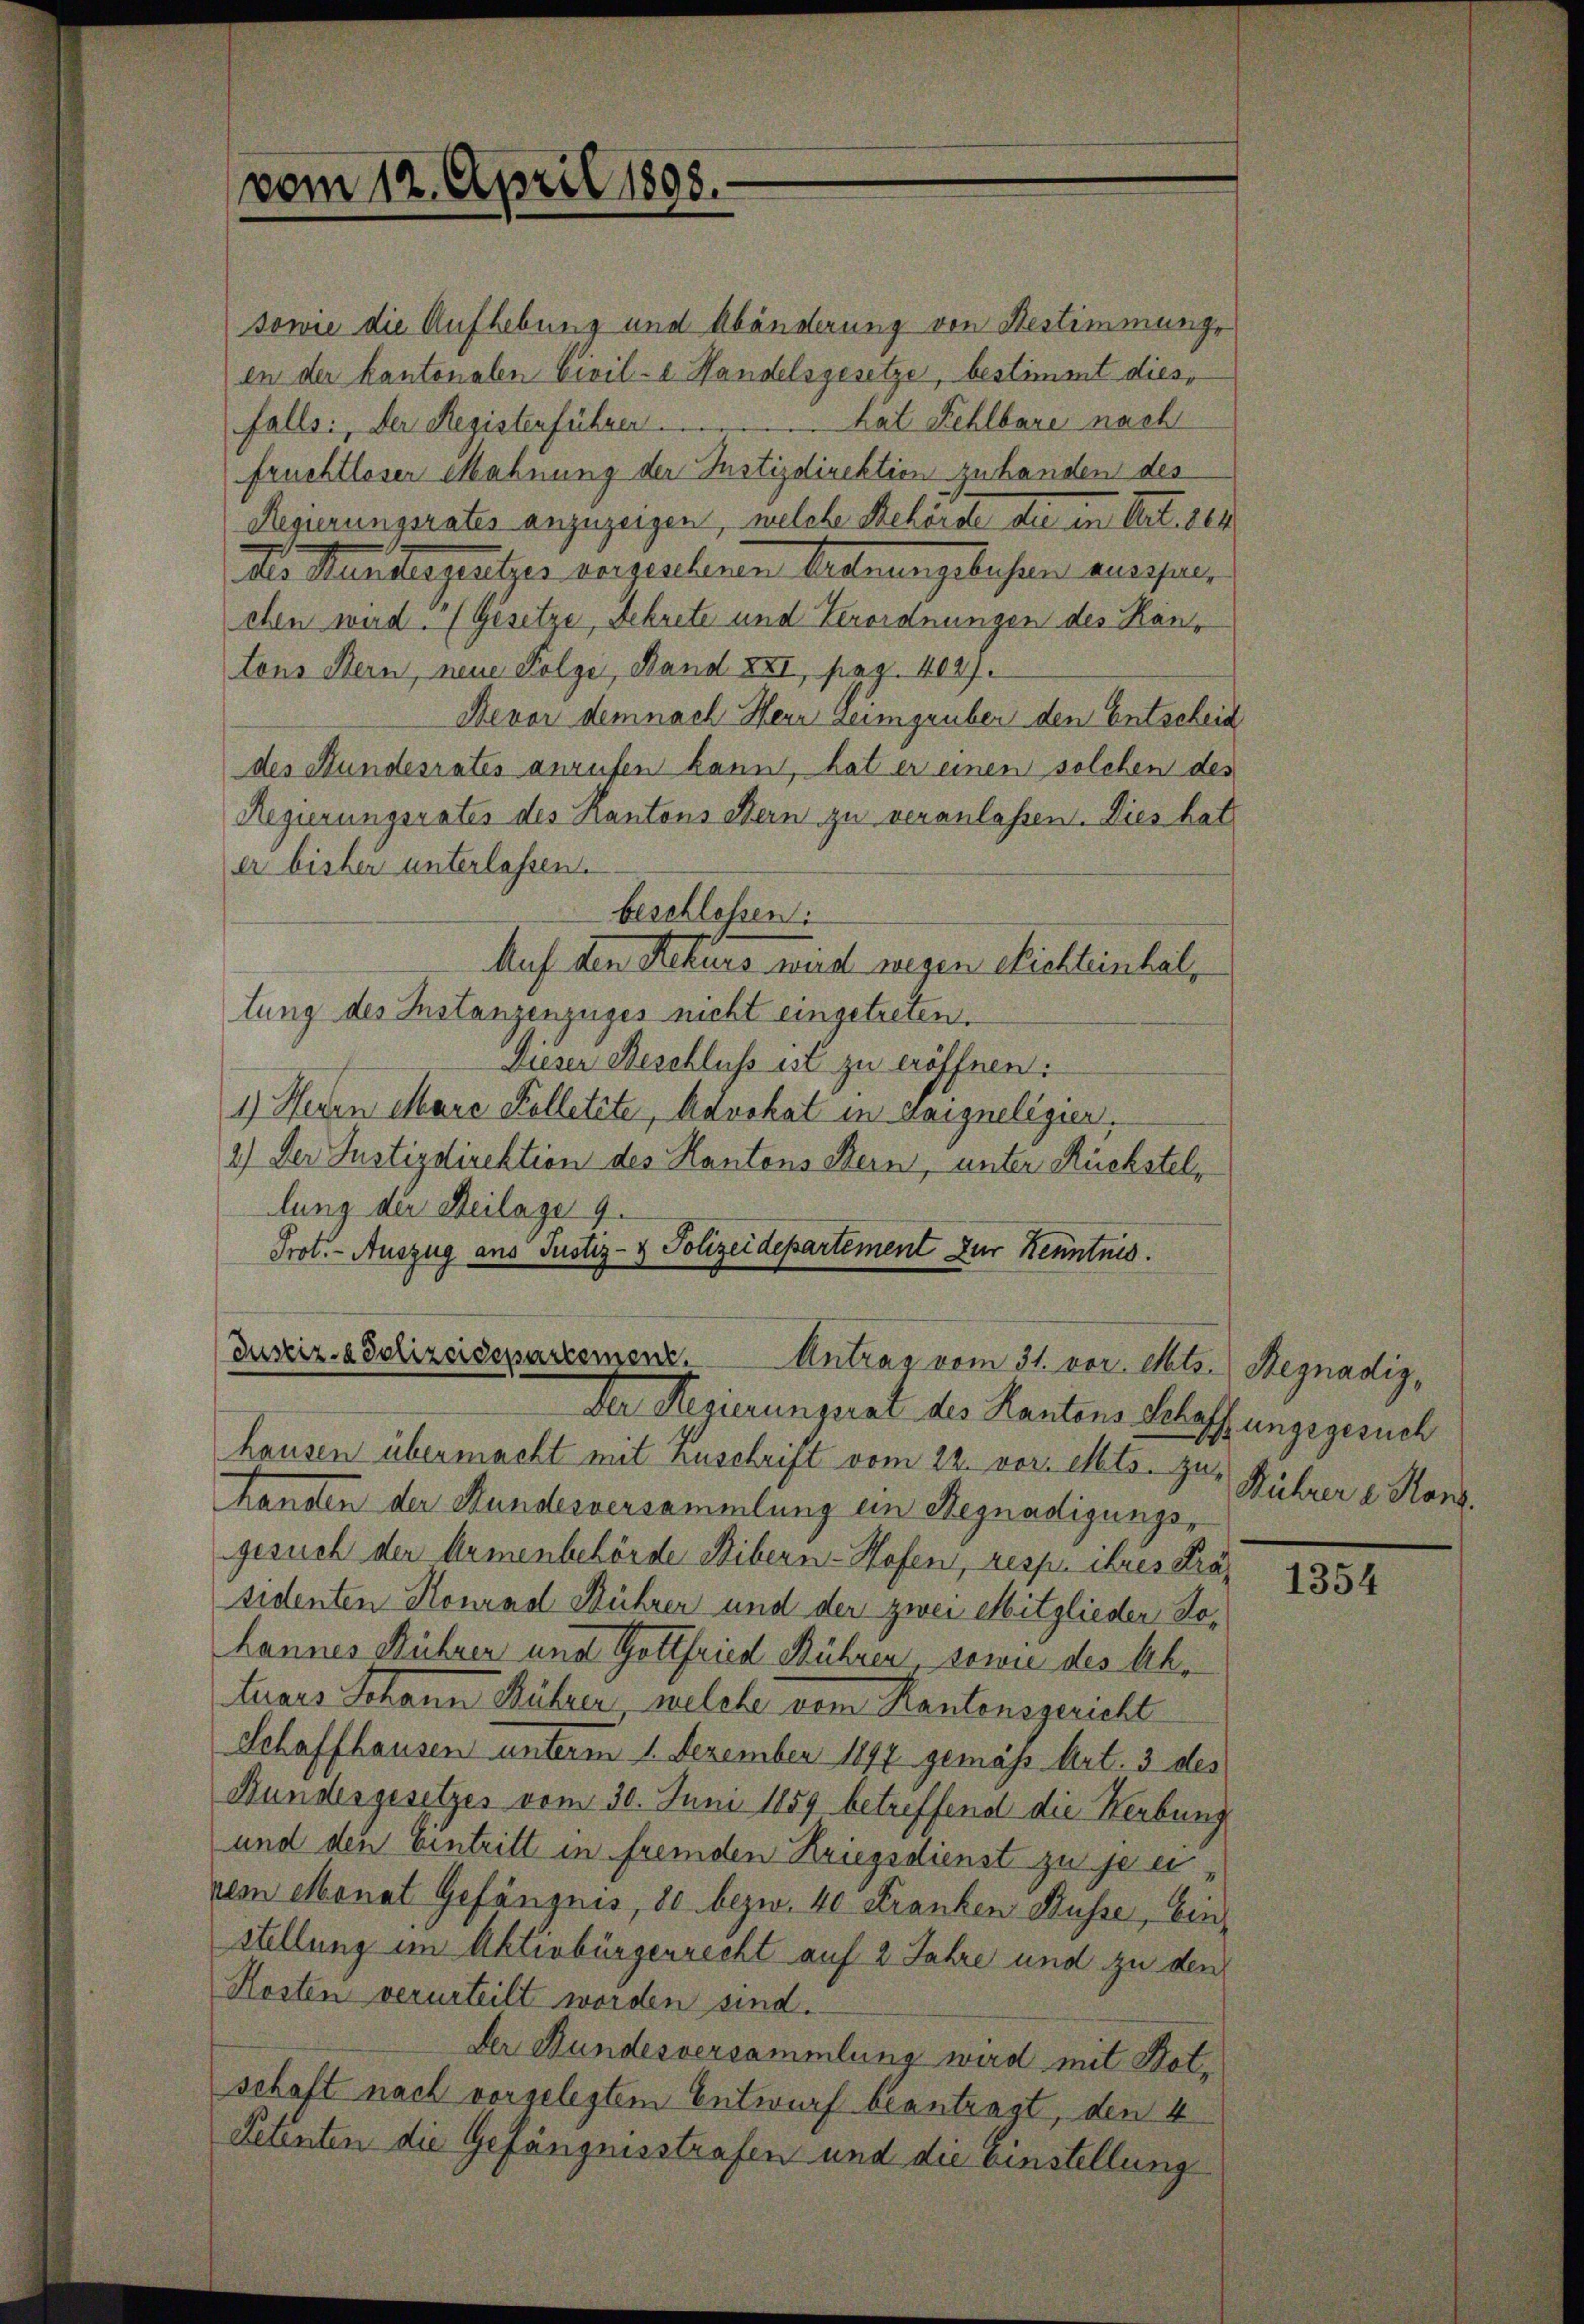
vom 12. April 1898.

sowie die Aufhebung und Abänderung von Bestimmunge
en der kantonalen Civil- e Handelsgesetze, bestimmt diesfalls: der Registenführer  .. ...................... hat Kehlbare nach
fruchtloser Mahnung der Justizdirektion zu handen des
Regierungsrates anzuzeigen, welche Behörde die in Art. 864
Dsr Mariageutzer verzielenen Vernungsbesten ausser,
chen wird. (Gesetze, Sekrete und Verordnungen des Kano
tons Bern, neue Folge, Band XXI, pag. vers.
Bevor demnach Herr heimgrüber den Entscheid
des Hundesrates anrufen kannt, hat er einen solchen des
Regierungsrates des Kantons Bern zu veranlassen. Dies hat
er bisher unterlassen.
beschlossen:
Auf den Rekurs wird wegen Richteinhallung des Instanzenzuges nicht eingetreten.
Dieser Beschluss ist zu eröffnen.
1) Herrn Mare Kolletete, Advokat in zaigneligier,
2.) Der Justizdirektion des Kantons Bern, unter Rückstellung der Beilage 9.
Prot. - Auszug aus Justiz- & Polizeidepartement zur Kenntnis.

Justiz- & Polizeidepartement,
Antrag vom 31. vor. Mts. Begnadig¬
Der Regierungsrat des Kantons Schaffungegesuch

hausen übermacht mit Zuschrift vom 22. vor. Mts. zuhansten der Hundesversammlung ein Begnadigungs-
gesuch der Armenbehörde Stibern-Hofen, resp. ihres Präsidenten Konrad Rühren und der zwei Mitglieder Dohannes Rührer und Gottfried Rühren sowie des Aktuars Schann Rührer, welche dem Kantonsgericht
Schaffhausen unterm 1. Dezember 1892 gemäß Art. 3 des
Bundesgesetzes vom 30. Juni 1859 betreffend die Herbung
und den Eintritt in fremden Kriegsdienst zu jen
vem Monat Gefängnis, 80 bezw. 40 Franken Küsse, Einstellung im Aktivbürgerrecht auf 2 Jahre und zu den
Kosten verurteilt worden sind.
Der Bundesversammlung wird mit Botschaft nach vorgelegtem Entwurf beantragt, den 4
Petenten die Gefängnisstrafen und die Einstellung

Rührer v. Hand

1354